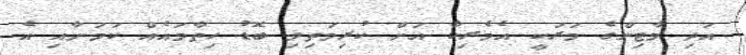
އަދި މާޓިންގެ މަރަކީ އެމެރިކާ އަށް ކުރިމަތިވި ބޮޑު ހިތާމައެއް ކަމަށާއި އެ